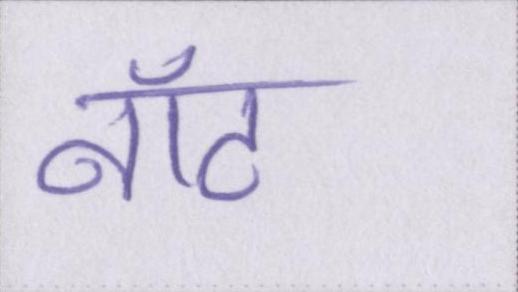
नॉट